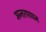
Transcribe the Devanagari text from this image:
अन्तरपणन